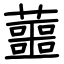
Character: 蘁